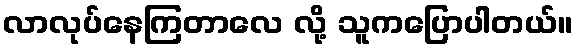
လာလုပ်နေကြတာလေ လို့ သူကပြောပါတယ်။